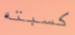
كسبته